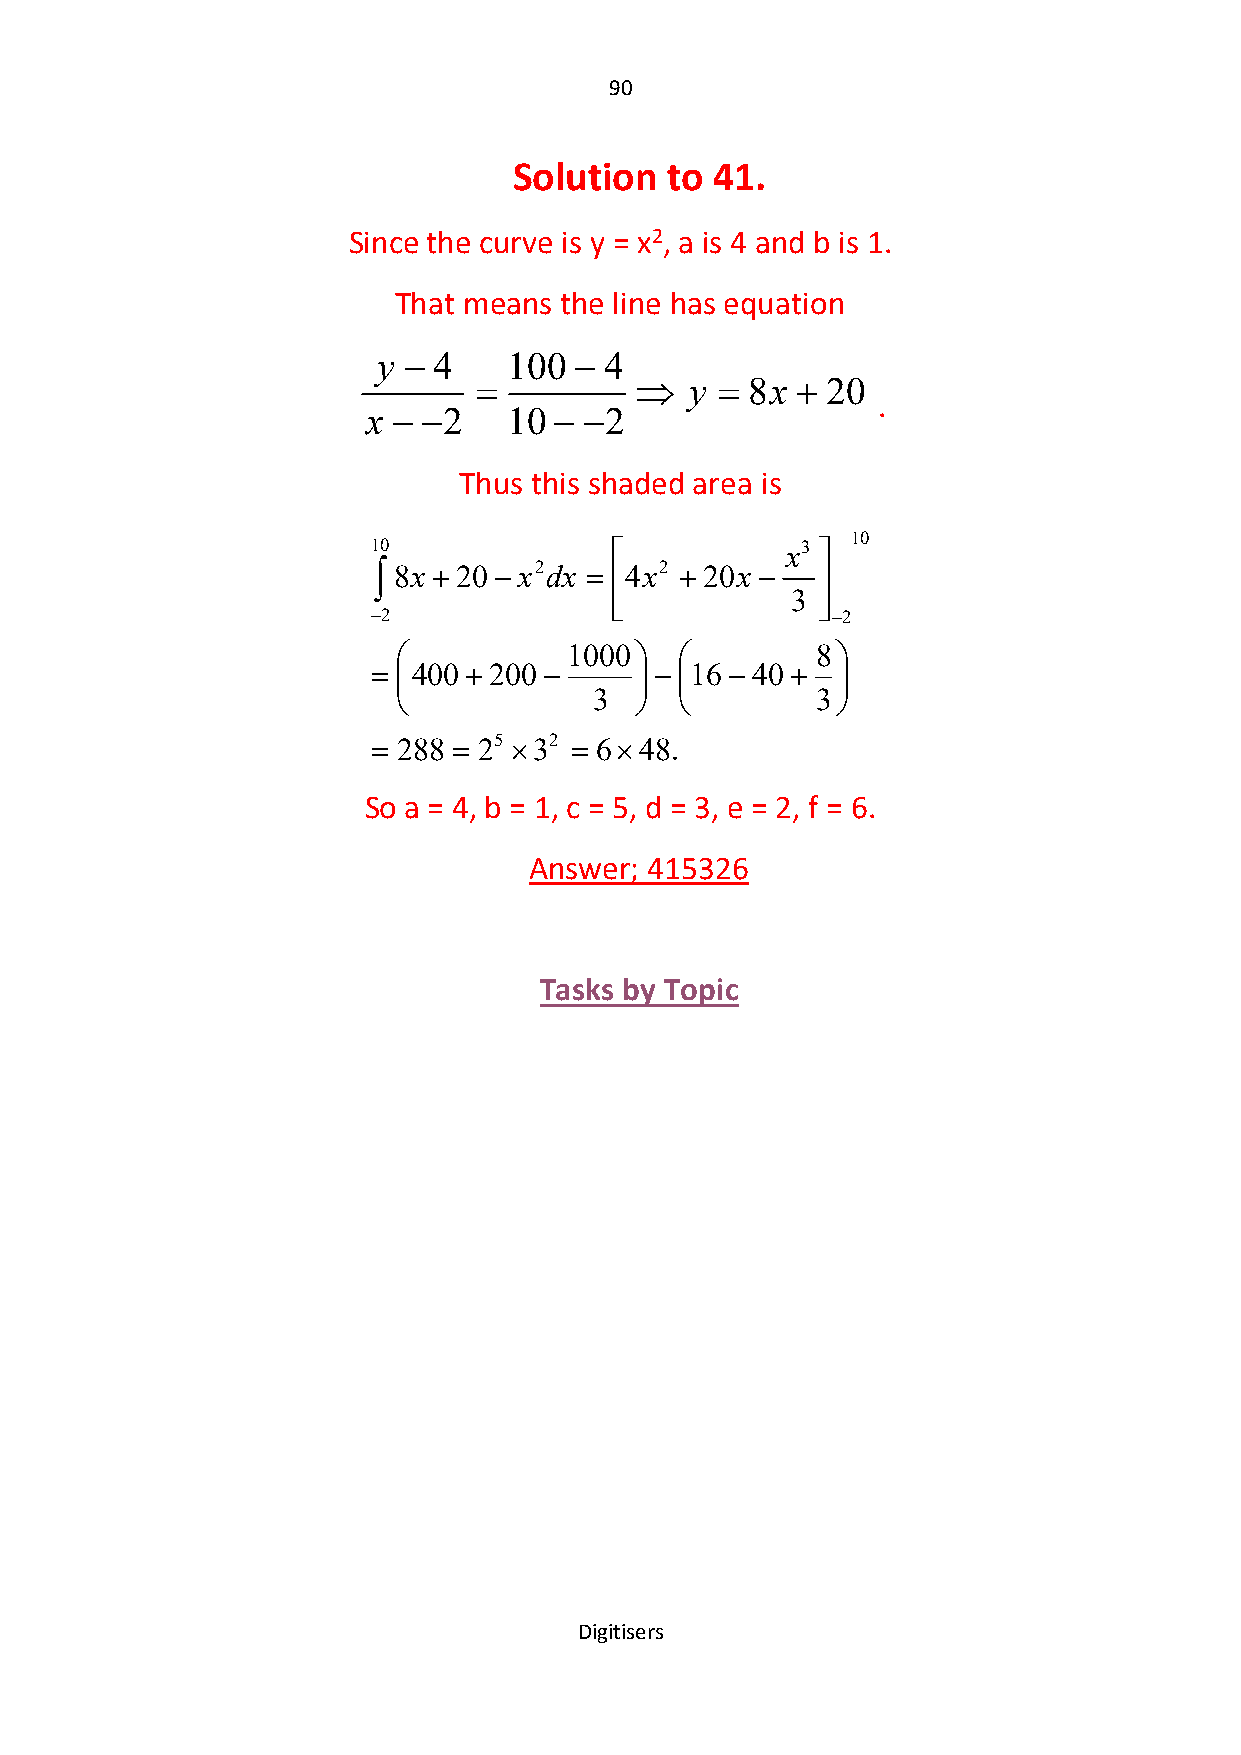
90
 Solution  to 41.
 Since the curve is y = x2, a is 4 and b is 1.
 That means the line has equation
 y  4    100  4
              y  8x  20
 .
 x  2    10  2
 Thus this shaded area is
 10
 10                        x3 
  8x  20 x2dx  4x2  20x 
              
 3
              
 2                            2
            1000          8
  400 200         16 40
                           
             3            3
  288  25 32  648.
 So a = 4, b = 1, c = 5, d = 3, e = 2, f = 6.
 Answer; 415326
 Tasks by Topic
 Digitisers